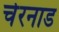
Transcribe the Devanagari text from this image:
चेरनाड